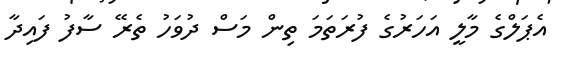
އެޕަލްގެ މާލީ އަހަރުގެ ފުރަތަމަ ތިން މަސް ދުވަހު ތެރޭ ސާފު ފައިދާ